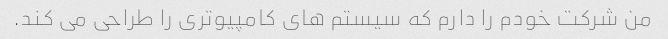
من شرکت خودم را دارم که سیستم های کامپیوتری را طراحی می کند.